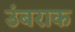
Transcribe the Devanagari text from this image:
उंबराक